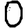
Digit: 0